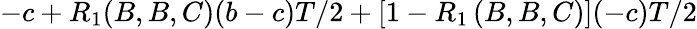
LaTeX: -c+R_{1}(B,B,C)(b-c)T/2+\left[1-R_{1}\left(B,B,C\right)\right](-c)T/2